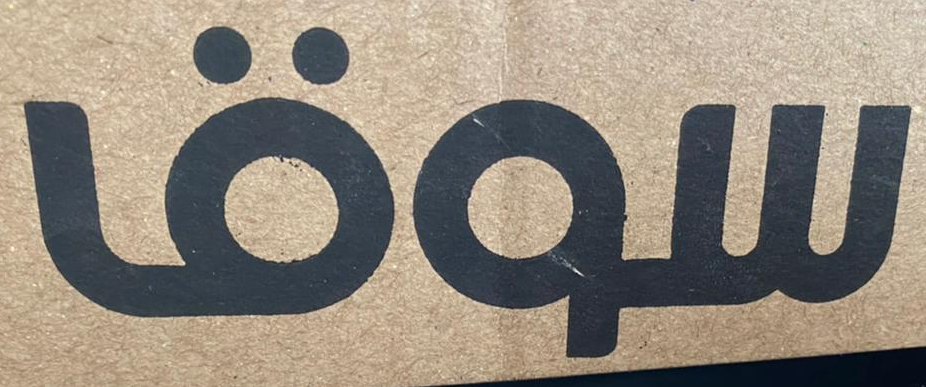
سوق